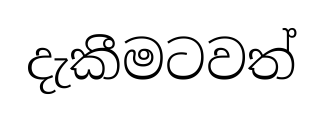
දැකීමටවත්